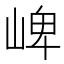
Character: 崥